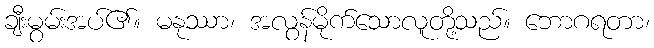
ချီးမွမ်းအပ်၏။ မနုဿာ၊ အလွန်မိုက်သောလူတို့သည်။ ဘောဂရတာ၊